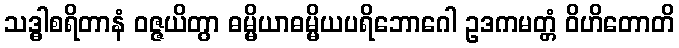
သဒ္ဓါစရိတာနံ ဝဇ္ဇယိတွာ ဓမ္မိယာဓမ္မိယပရိဘောဂေါ ဥဒကမတ္တံ ဝိဟိတောတိ